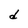
Character: d